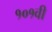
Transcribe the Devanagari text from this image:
१०१वी